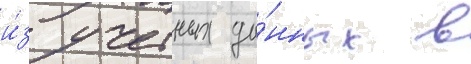
и́з учетных да́нных в